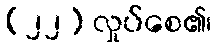
(၂၂) လှုပ်စေ၏၊